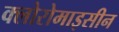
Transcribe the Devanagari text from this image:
क्लोरोमाइसीन